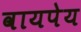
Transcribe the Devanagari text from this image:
वायपेय